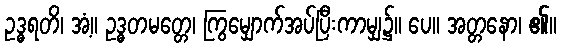
ဥဒ္ဓရတိ၊ အံ့။ ဥဒ္ဓတမတ္တေ၊ ကြွမျှောက်အပ်ပြီးကာမျှ၌။ ပေ။ အတ္တနော၊ ၏။